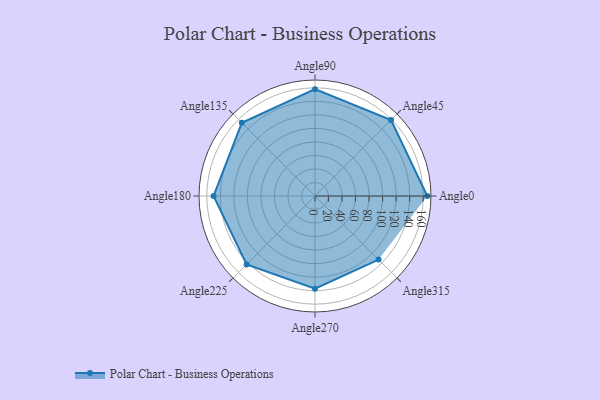
{"axis": {"x": "Angle", "y": "Radius"}, "legend": [""], "data": [{"x": "Angle0", "y": 166.0, "type": ""}, {"x": "Angle45", "y": 159.0, "type": ""}, {"x": "Angle90", "y": 158.0, "type": ""}, {"x": "Angle135", "y": 153.0, "type": ""}, {"x": "Angle180", "y": 150.0, "type": ""}, {"x": "Angle225", "y": 143.0, "type": ""}, {"x": "Angle270", "y": 137.0, "type": ""}, {"x": "Angle315", "y": 133.0, "type": ""}]}